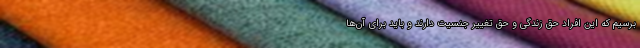
برسیم که این افراد حق زندگی و حق تغییر جنسیت دارند و باید برای آن‌ها